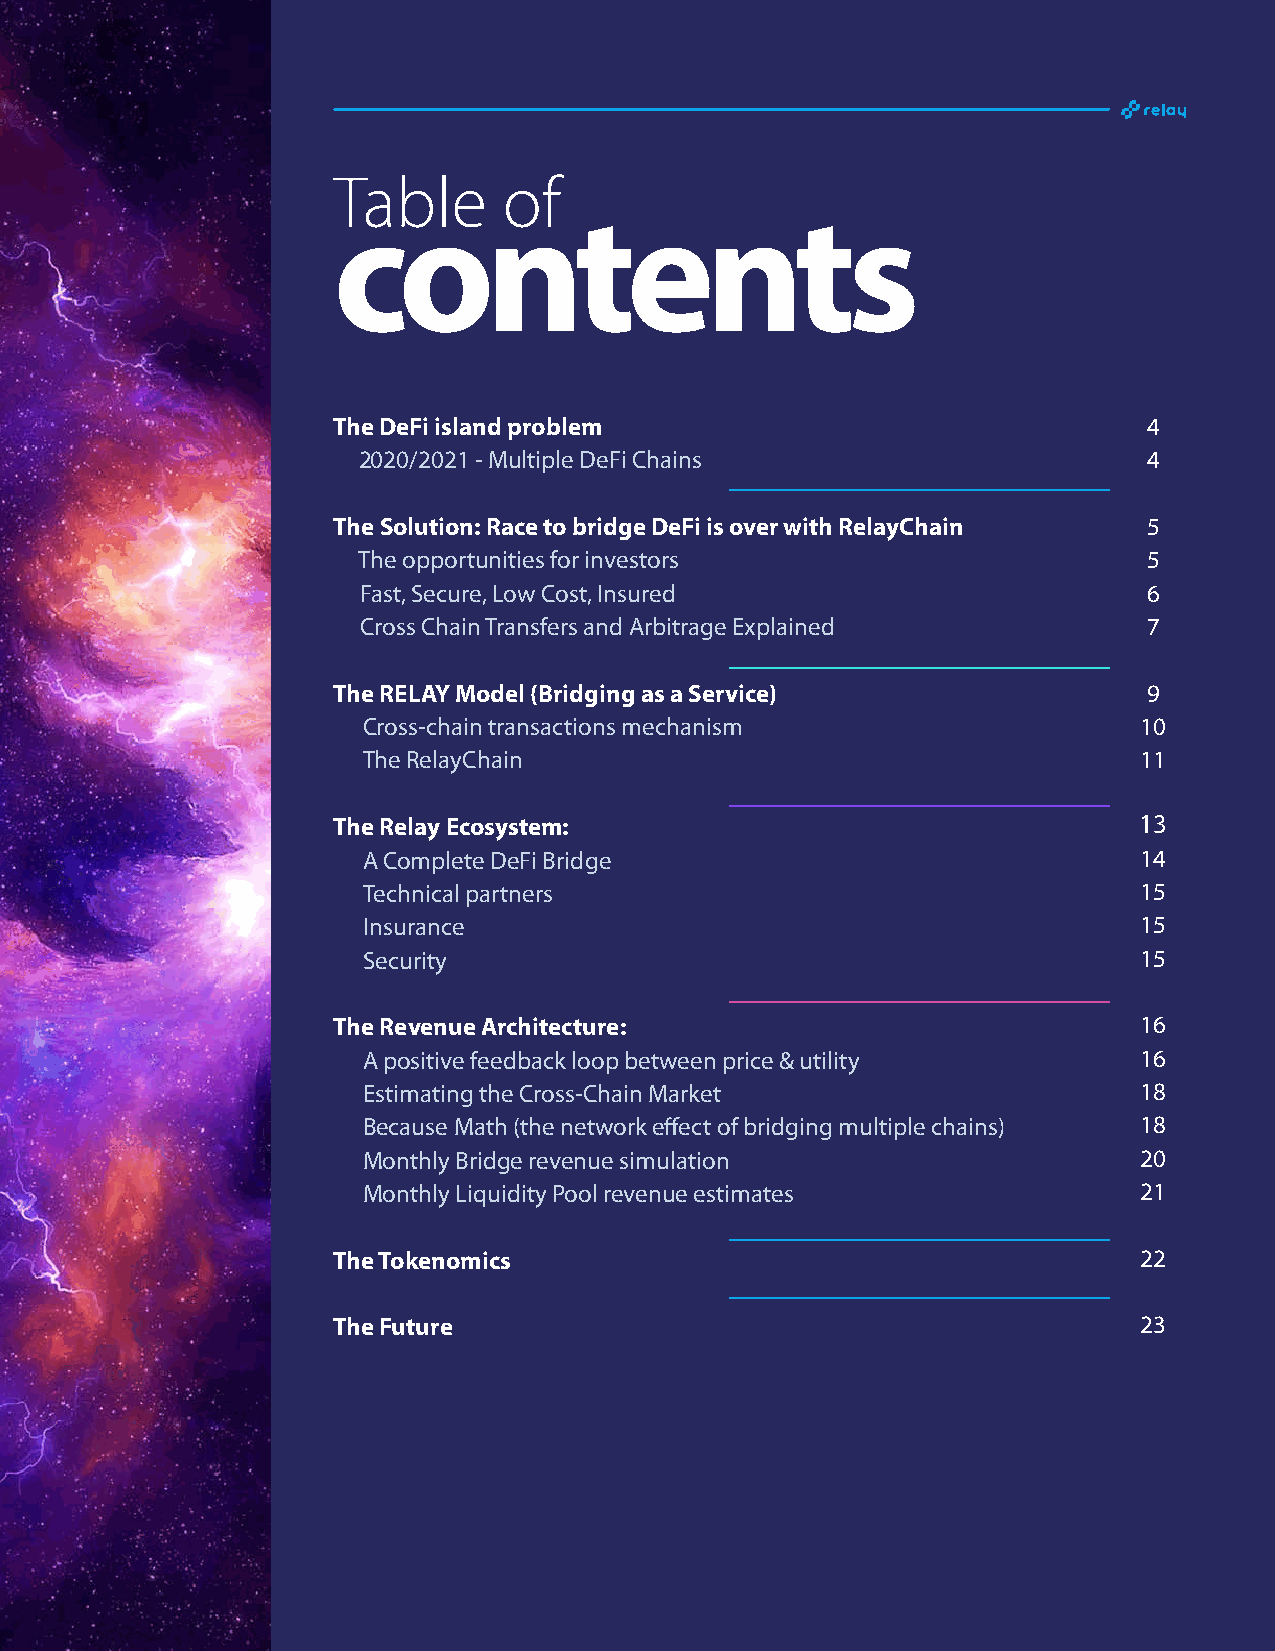
Table      of
 contents
 The DeFi island problem                               4
 2020/2021 - Multiple DeFi Chains                    4
 The Solution: Race to bridge DeFi is over with RelayChain 5
 The opportunities for investors                     5
 Fast, Secure, Low Cost, Insured                     6
 Cross Chain Transfers and Arbitrage Explained       7
 The RELAY Model (Bridging as a Service)               9
 Cross-chain transactions mechanism                 10
 The RelayChain                                     11
 The Relay Ecosystem:                                 13
 A Complete DeFi Bridge                             14
 Technical partners                                 15
 Insurance                                          15
 Security                                           15
 The Revenue Architecture:                            16
 A positive feedback loop between price & utility   16
 Estimating the Cross-Chain Market                  18
 Because Math (the network effect of bridging multiple chains) 18
 Monthly Bridge revenue simulation                  20
 Monthly Liquidity Pool revenue estimates           21
 The Tokenomics                                       22
 The Future                                           23